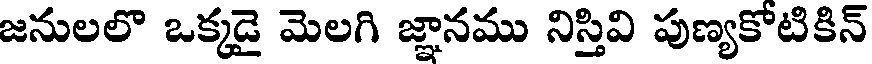
జనులలొ ఒక్కడై మెలగి జ్ఞానము నిస్తివి పుణ్యకోటికిన్